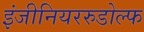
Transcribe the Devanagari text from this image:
इंजीनियररुडोल्फ